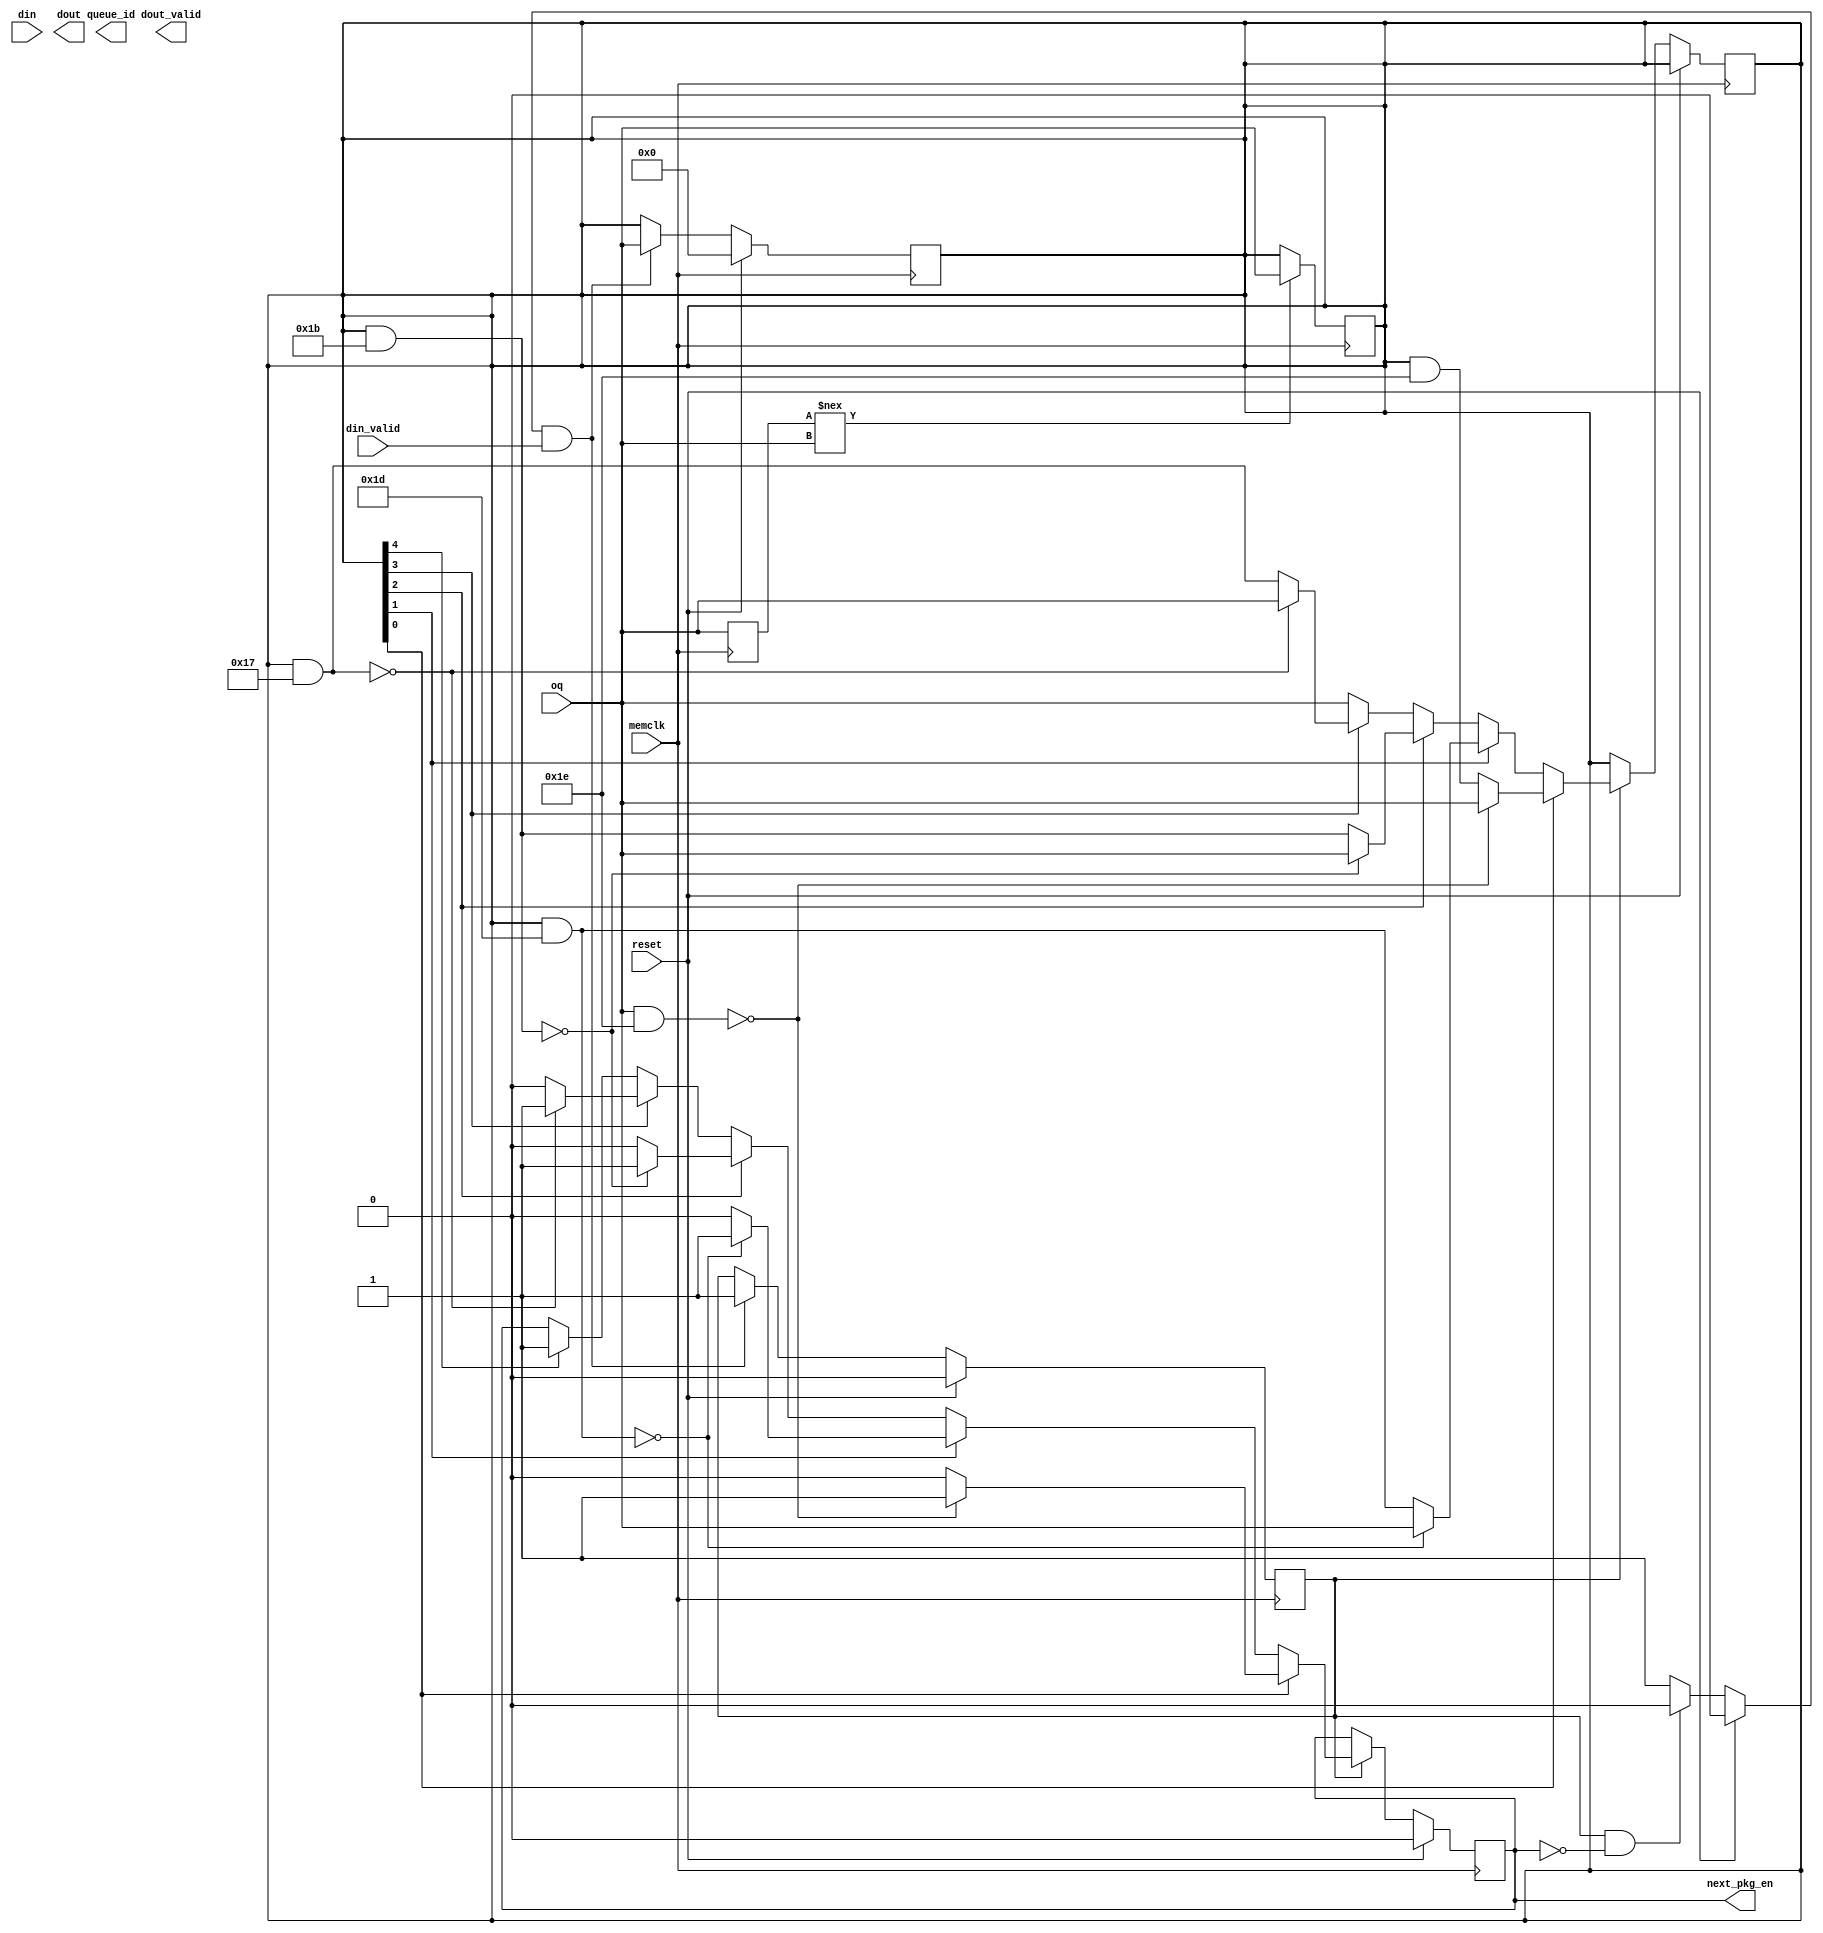
module AxiFifoArbiter
#(
///////////////////////////////////////////////////////////////////////////////
// Parameter Definitions
///////////////////////////////////////////////////////////////////////////////
  // Width of AXI data bus in bytes
  parameter integer TDATA_WIDTH        = 24, /*croqped by previous module*/
  // Width of TUSER in bits
  parameter integer TUSER_WIDTH        = 128,
  parameter integer NUM_QUEUES         = 5,
  parameter integer QUEUE_ID_WIDTH     = 3
)
(
    input                               reset,
    input                               memclk,
    input [NUM_QUEUES-1:0]              oq,
    input                               din_valid,
    input  [((8*TDATA_WIDTH+10)-1):0]   din,
    output                              next_pkg_en,

    output reg [QUEUE_ID_WIDTH-1:0]     queue_id,
    output reg [((8*TDATA_WIDTH+10)-1):0]  dout,
    output reg                          dout_valid
);

reg [NUM_QUEUES-1:0]                oq_reg;
reg [QUEUE_ID_WIDTH-1:0]            oq_rra;

reg                                 rra_last;

reg pkg_start, next_pkg_start;
reg pkg_last;

reg read_done;
reg oq_changed;
reg rd_oq_ready;

always @ * begin
    rd_oq_ready = 1'b1;
    
    if (reset) begin
        rd_oq_ready = 1'b0;
    end
    else if (pkg_valid && ~rra_last) begin
        rd_oq_ready = 1'b0;
    end
end

reg [4:0] prev_oq;

always @ (posedge memclk) begin
    if (reset) begin
        prev_oq <= oq;
    end
    else begin
        prev_oq <= oq;
    end
end

always @ (posedge memclk) begin
    if (prev_oq !== oq) begin
        oq_reg <= oq;
        read_done <= 1'b1;
    end
    else begin
        read_done <= 1'b0;
    end
end

//always @ (oq) begin
//    oq_changed = 1'b0;
//    if(~reset) begin
//        if (read_done) begin
//            oq_changed = 1'b0;
//        end
//        else begin
//            oq_changed = 1'b1;
//        end
//    end  
//end

reg pkg_valid;
reg prev_read_done;

always @ (posedge memclk) begin
    if (reset) begin
        prev_read_done <= 1'b0;
    end
    else prev_read_done <= read_done;
end

always @ (posedge memclk) begin
    if (reset) begin
        oq_reg <= 5'b0;
        read_done <=1'b0;
        pkg_valid <= 1'b0;
    end
    else if (rd_oq_ready && din_valid) begin
        oq_reg <= oq;
        read_done <=1'b1;
        pkg_valid <=1'b1;
    end
    else begin
        read_done <= 1'b0; 
    end

    /* in what case read_done goes back to zero?*/
end

always @ (posedge memclk) begin
    if (reset) begin
        oq_rra <= 3'b0;
        rra_last <= 1'b0;
    end
    else if (pkg_valid) begin
        casex(oq_reg)
            5'bxxxx1:begin
                oq_rra <= 3'd0;
                if ((oq & 5'b11110) == 5'b00000) begin
                    rra_last <= 1'b1;
                    oq_reg <= oq;
                end
                else begin
                    oq_reg <= oq_reg & 5'b11110;
                    rra_last <= 1'b0;
                end           
            end
            5'bxxx1x:begin
                oq_rra <= 3'd1;
                if ((oq_reg & 5'b11101) == 5'b00000) begin
                    rra_last <= 1'b1;
                    oq_reg <= oq;
                end
                else begin
                    oq_reg <= oq_reg & 5'b11101;
                    rra_last <= 1'b0;
                end
            end
            5'bxx1xx:begin
                oq_rra <= 3'd2;
                if ((oq_reg & 5'b11011) == 5'b00000) begin
                    rra_last <= 1'b1;
                    oq_reg <= oq;
                end
                else begin
                    oq_reg <= oq_reg & 5'b11011;
                    rra_last <= 1'b0;
                end
            end
            5'bx1xxx:begin
                oq_rra <= 3'd3;
                if ((oq_reg & 5'b10111) == 5'b00000) begin
                    rra_last <= 1'b1;
                    oq_reg <= oq;
                end
                else begin
                    oq_reg <= oq_reg & 5'b10111;
                    rra_last <= 1'b0;
                end
            end
            5'b1xxxx:begin
                oq_rra <= 3'd4;
                rra_last = 1'b1;
                oq_reg <= oq;
            end
            default:begin
                oq_rra <= 3'dz;
                oq_reg <= oq;
            end
        endcase
    end

end

assign next_pkg_en = rra_last;






endmodule